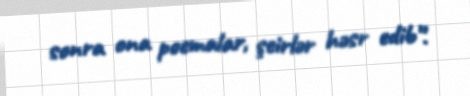
sonra ona poemalar, şeirlər həsr edib”.